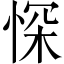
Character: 㤾